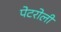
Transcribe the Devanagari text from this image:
पेटरोली